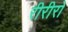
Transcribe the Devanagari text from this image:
रीरीरो